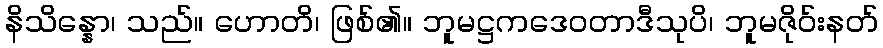
နိသိန္နော၊ သည်။ ဟောတိ၊ ဖြစ်၏။ ဘူမဋ္ဌကဒေဝတာဒီသုပိ၊ ဘူမဇိုဝ်းနတ်